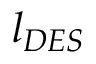
l _ { D E S }